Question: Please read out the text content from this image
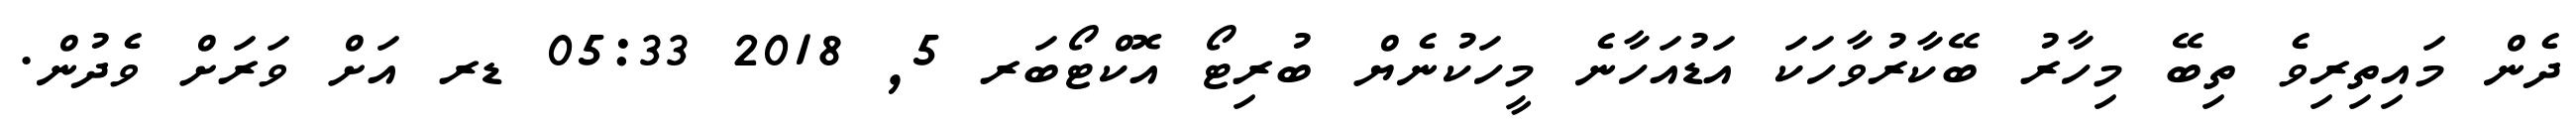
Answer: ދެން މައިތިރިވެ ތިބޭ މިހާރު ބޭކާރުވާހަކަ އަޑުއަހާނެ މީހަކުނެޔް ބުރިޓޯ އޮކްޓޯބަރ 5, 2018 05:33 ޑރ އަށް ވަރަށް ވެދުން.